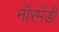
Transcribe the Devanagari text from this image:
नॉरमेंडी